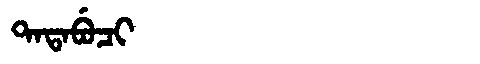
Manchu: ᡨᠠᡨᠠᠪᡠᠴᡳ
Romanization: TATABUCI